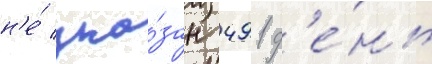
н'е́ ука́зан 491 д'е́нь